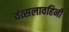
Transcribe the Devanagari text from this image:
वत्सलावहिनी